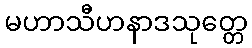
မဟာသီဟနာဒသုတ္တေ